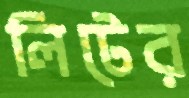
লিটের